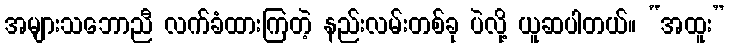
အများသဘောညီ လက်ခံထားကြတဲ့ နည်းလမ်းတစ်ခု ပဲလို့ ယူဆပါတယ်။ “အထူး”